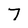
Character: 7